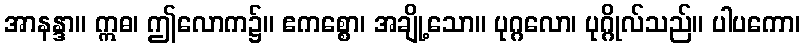
အာနန္ဒာ။ ဣဓ၊ ဤလောက၌။ ဧကစ္စော၊ အချို့သော။ ပုဂ္ဂလော၊ ပုဂ္ဂိုလ်သည်။ ပါပကော၊